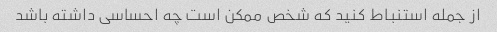
از جمله استنباط کنید که شخص ممکن است چه احساسی داشته باشد